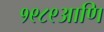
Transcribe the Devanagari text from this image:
१९८९आणि